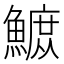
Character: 𫙴